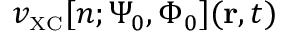
v _ { \scriptscriptstyle \mathrm { X C } } [ n ; \Psi _ { 0 } , \Phi _ { 0 } ] ( { \bf r } , t )